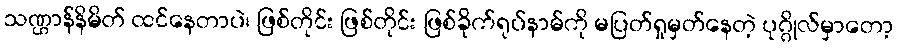
သဏ္ဌာန်နိမိတ် ထင်နေတာပဲ၊ ဖြစ်တိုင်း ဖြစ်တိုင်း ဖြစ်ခိုက်ရုပ်နာမ်ကို မပြတ်ရှုမှတ်နေတဲ့ ပုဂ္ဂိုလ်မှာတော့